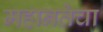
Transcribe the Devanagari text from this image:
महानतेचा